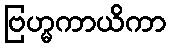
ဗြဟ္မကာယိကာ